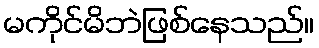
မကိုင်မိဘဲဖြစ်နေသည်။